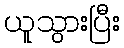
ယူသွားပြီး